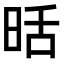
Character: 𭥹